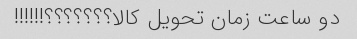
دو ساعت زمان تحویل کالا؟؟؟؟؟؟؟!!!!!!